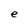
Character: e